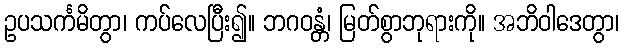
ဥပသင်္ကမိတွာ၊ ကပ်လေပြီး၍။ ဘဂဝန္တံ၊ မြတ်စွာဘုရားကို။ အဘိဝါဒေတွာ၊